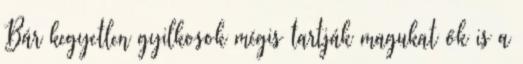
Bár kegyetlen gyilkosok mégis tartják magukat ők is a